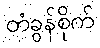
တံခွန်စိုက်